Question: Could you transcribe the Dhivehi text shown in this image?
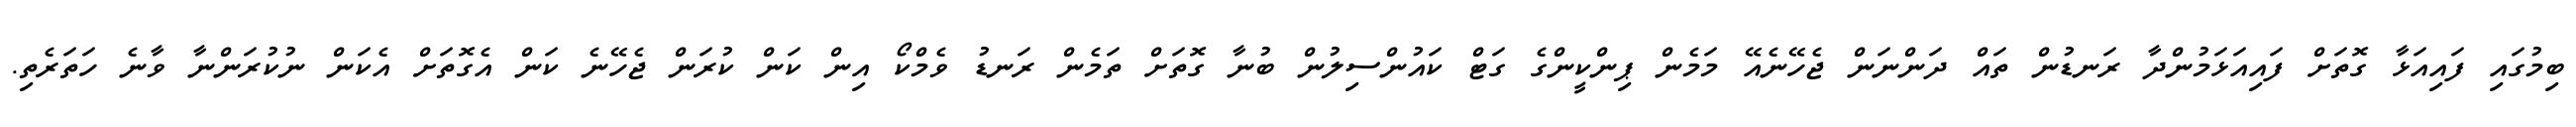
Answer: ބިމުގައި ފައިއަޅާ ގޮތަށް ފައިއަޅަމުންދާ ރަނޑުން ތައް ދަންނަން ޖެހޭނެއޭ މަމެން ޕިންކީންގެ ގަޓް ކައުންސިލުން ބުނާ ގޮތަށް ތަމެން ރަނޑު ވެމްކޯ އިން ކަން ކުރަން ޖެހޭނެ ކަން އެގޮތަށް އެކަން ނުކުރަންނާ ވާނެ ހަތަރެތި.